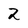
Character: 2